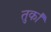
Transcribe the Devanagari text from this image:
तुर्कां